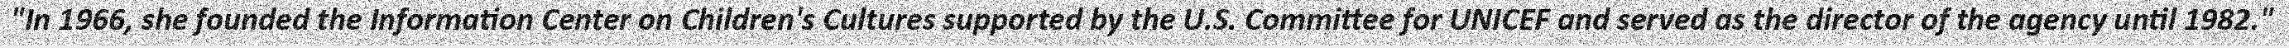
"In 1966, she founded the Information Center on Children's Cultures supported by the U.S. Committee for UNICEF and served as the director of the agency until 1982."